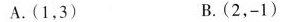
A.(1，3) B.(2，-1)